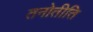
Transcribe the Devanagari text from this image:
तनोतीति